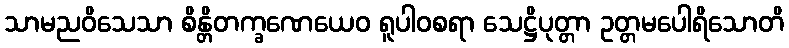
သာမညဝိသေသာ စိန္တိတက္ခဏေယေဝ ရူပါဝစရာ သေဋ္ဌိပုတ္တာ ဥတ္တမပေါရိသောတိ